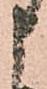
申